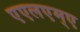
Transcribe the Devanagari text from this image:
एएलएम्ए